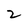
Character: 2